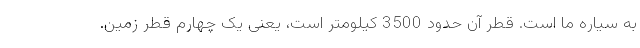
به سیاره ما است. قطر آن حدود 3500 کیلومتر است، یعنی یک چهارم قطر زمین.